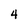
Character: 4